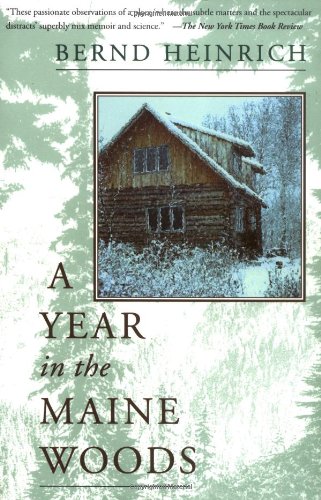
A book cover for A Year In The Maine Woods; Bernd Heinrich; Biographies & Memoirs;